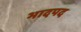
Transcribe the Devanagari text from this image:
भादपद